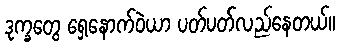
ဒုက္ခတွေ ရှေ့နောက်ဝဲယာ ပတ်ပတ်လည်နေတယ်။